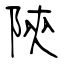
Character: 陝